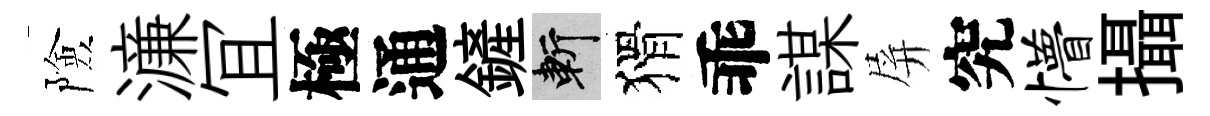
險濓冝極通鏟斬猾乖謀屏究懵攝